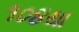
૧૦૪થા